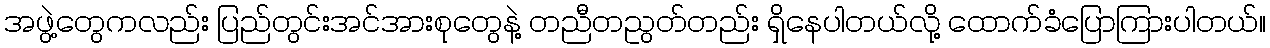
အဖွဲ့တွေကလည်း ပြည်တွင်းအင်အားစုတွေနဲ့ တညီတညွတ်တည်း ရှိနေပါတယ်လို့ ထောက်ခံပြောကြားပါတယ်။